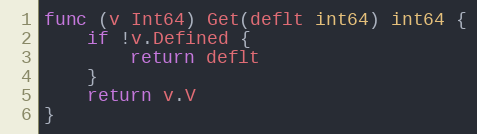
Language: Go
func (v Int64) Get(deflt int64) int64 {
	if !v.Defined {
		return deflt
	}
	return v.V
}